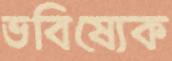
ভবিষ্যেক